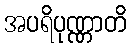
အပရိပုဏ္ဏာတိ